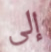
إلى